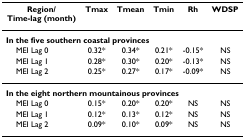
| Region/Time-lag (month) | Tmax | Tmean | Tmin | Rh | WDSP |
 | --- | --- | --- | --- | --- | --- |
 | <COLSPAN=6> In the five southern coastal provinces |
 | MEI Lag 0 | 0.32* | 0.34* | 0.21* | -0.15* | NS |
 | MEI Lag 1 | 0.28* | 0.30* | 0.20* | -0.13* | NS |
 | MEI Lag 2 | 0.25* | 0.27* | 0.17* | -0.09* | NS |
 | <COLSPAN=6> In the eight northern mountainous provinces |
 | MEI Lag 0 | 0.15* | 0.20* | 0.20* | NS | NS |
 | MEI Lag 1 | 0.12* | 0.13* | 0.12* | NS | NS |
 | MEI Lag 2 | 0.09* | 0.10* | 0.09* | NS | NS |